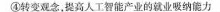
④转变观念，提高人工智能产业的就业吸纳能力